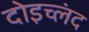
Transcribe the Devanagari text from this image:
दोइच्लंद